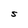
Character: S